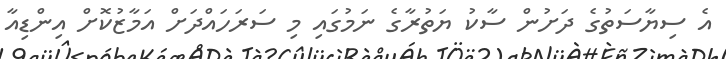
އެ ސިޔާސަތުގެ ދަށުން ސާކު ޔަތުރާގެ ނަމުގައި މި ސަރަހައްދަށް އަމާޒުކޮށް އިންޑިއާ